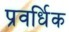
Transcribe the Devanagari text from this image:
प्रवर्धिक